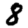
Digit: 8